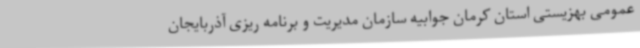
عمومی بهزیستی استان کرمان جوابیه سازمان مدیریت و برنامه ریزی آذربایجان